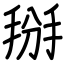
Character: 掰